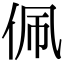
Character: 佩